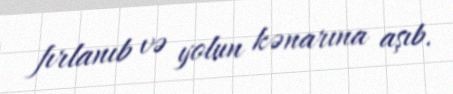
fırlanıb və yolun kənarına aşıb.